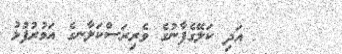
٢٢      އަދި ކަލޭގެފާނުގެ ވެރިރަސްކަލާނގެ އަމުރުފުޅު